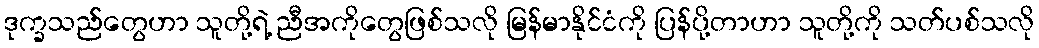
ဒုက္ခသည်တွေဟာ သူတို့ရဲ့ ညီအကိုတွေဖြစ်သလို မြန်မာနိုင်ငံကို ပြန်ပို့တာဟာ သူတို့ကို သတ်ပစ်သလို